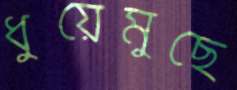
ধুয়েমুছে